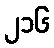
၂၁၆